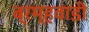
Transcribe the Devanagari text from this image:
ब्रम्हवाडी